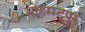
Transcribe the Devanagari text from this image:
मोहम्म्द्पुर